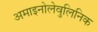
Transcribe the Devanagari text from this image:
अमाइनोलेवुलिनिक